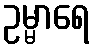
ဥမ္မာရေ